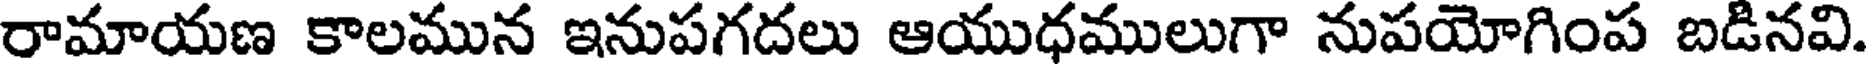
రామాయణ కాలమున ఇనుపగదలు ఆయుధములుగా నుపయోగింప బడినవి.